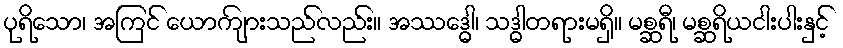
ပုရိသော၊ အကြင် ယောကျ်ားသည်လည်း။ အဿဒ္ဓေါ၊ သဒ္ဓါတရားမရှိ။ မစ္ဆရီ၊ မစ္ဆရိယငါးပါးနှင့်